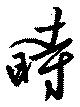
時